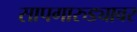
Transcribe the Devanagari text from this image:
सापगारुड्यावर